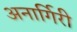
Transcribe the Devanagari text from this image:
अनार्गिरी